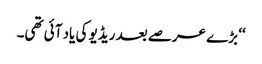
‘‘ بڑے عرصے بعد ریڈیو کی یاد آئی تھی۔